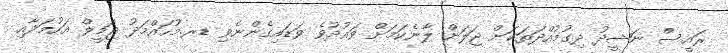
ރައީސް ނަޝީދު ދިގުމުއްދަތަކަށް ޖަލަށް ލާނެކަމަށް ވައުދުވެ ވަޑައިގެންނެވި ޑރ.މުހައްމަދު ޖަމީލް އަހުމަދާއި